NAE_Eesti_seltside_protokollid_1900-1917, lk 3
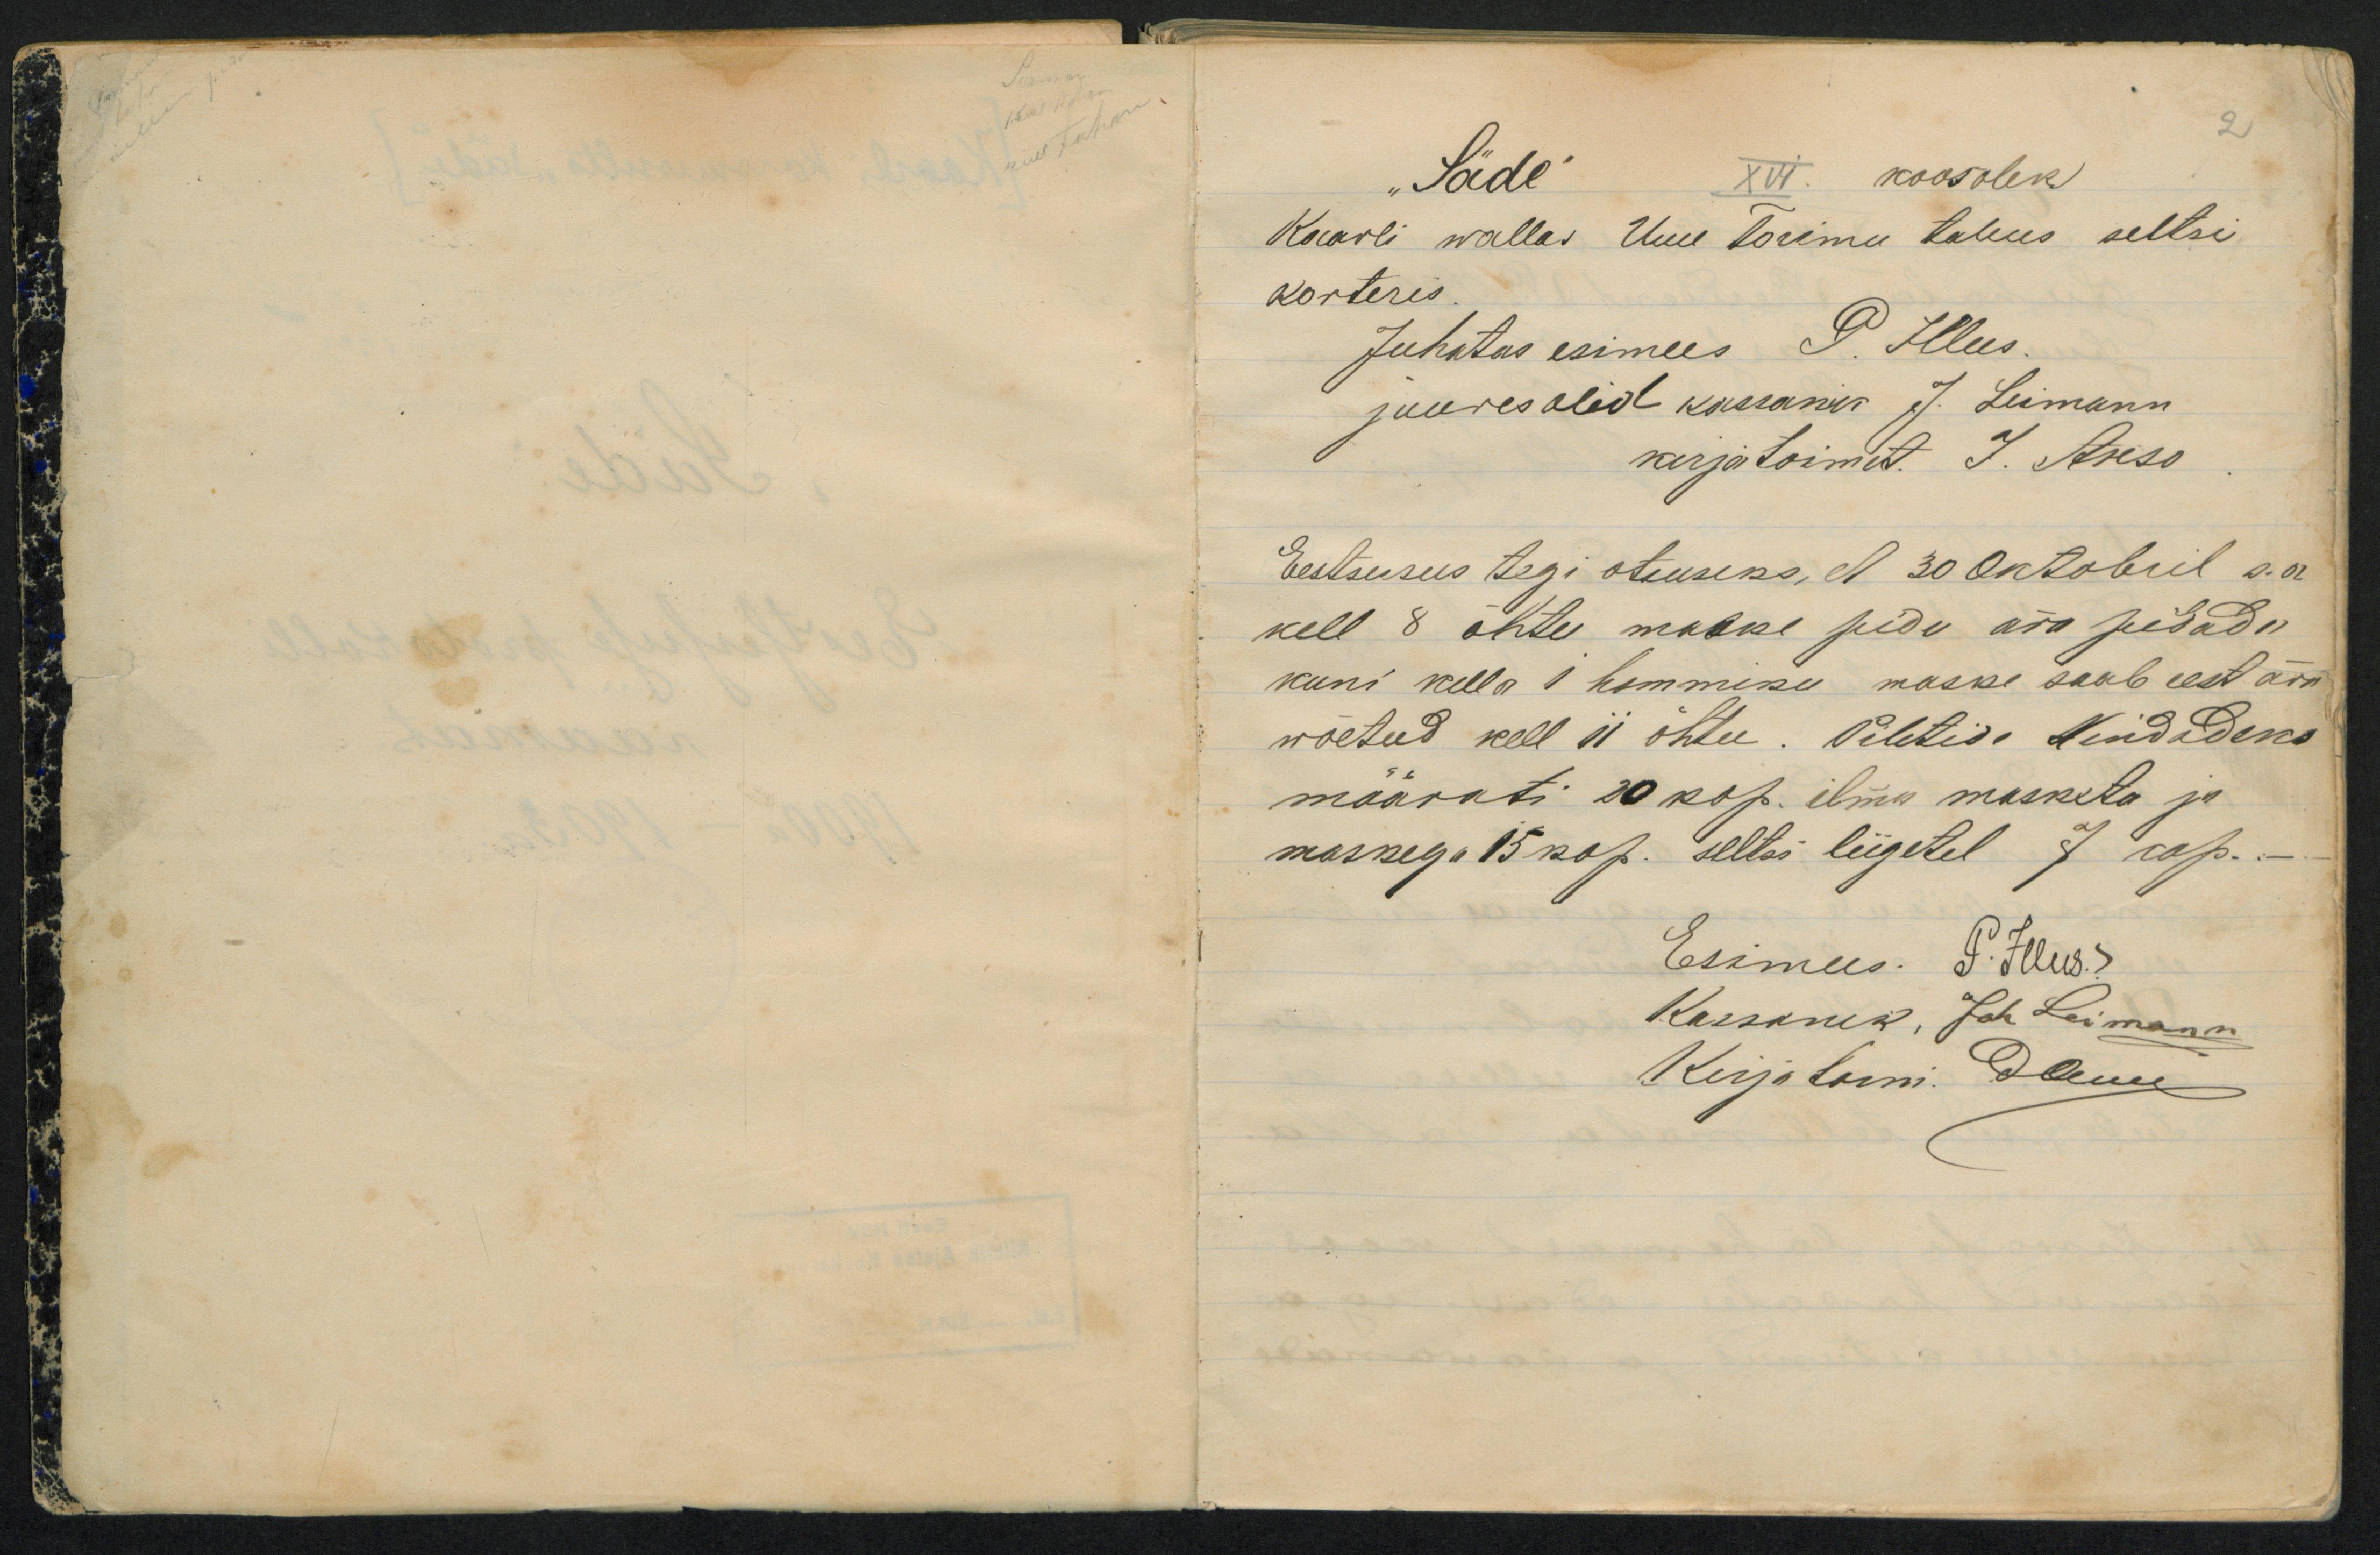
2
XVI. koosolek
„Säde"
Kaarli wallas Uue Torimu talus seltsi
korteris.
Eestseisus tegi otsuseks, et 30 Oktobril s.a
kell 8 õhtu maske pidu ära pidada
kuni kella 1 hommiku maske saab eest ära
wõetud kell 11 õhtu. Piletide hindadeks
määrati 20 kop. ilma masketa ja
maskega 15 kop. seltsi liigetel 7 kop.